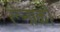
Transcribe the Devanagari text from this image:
रूनाको